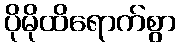
ပိုမိုထိရောက်စွာ